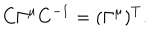
LaTeX: C \Gamma ^ { \mu } C ^ { - 1 } = ( \Gamma ^ { \mu } ) ^ { T } .